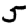
Digit: 5